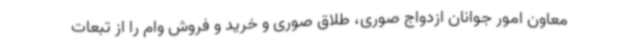
معاون امور جوانان ازدواج صوری، طلاق صوری و خرید و فروش وام را از تبعات